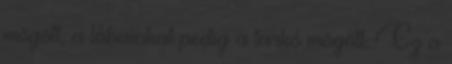
mögött, a lábainkat pedig a tarkó mögött. Ez a